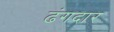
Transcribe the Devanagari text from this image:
ढंगदार